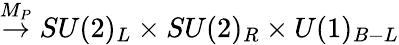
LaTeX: \stackrel{M_{P}}{\rightarrow}SU(2)_{L}\times SU(2)_{R}\times U(1)_{B-L}